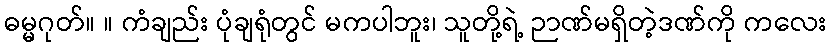
ဓမ္မဂုတ်။ ။ ကံချည်း ပုံချရုံတွင် မကပါဘူး၊ သူတို့ရဲ့ ဉာဏ်မရှိတဲ့ဒဏ်ကို ကလေး